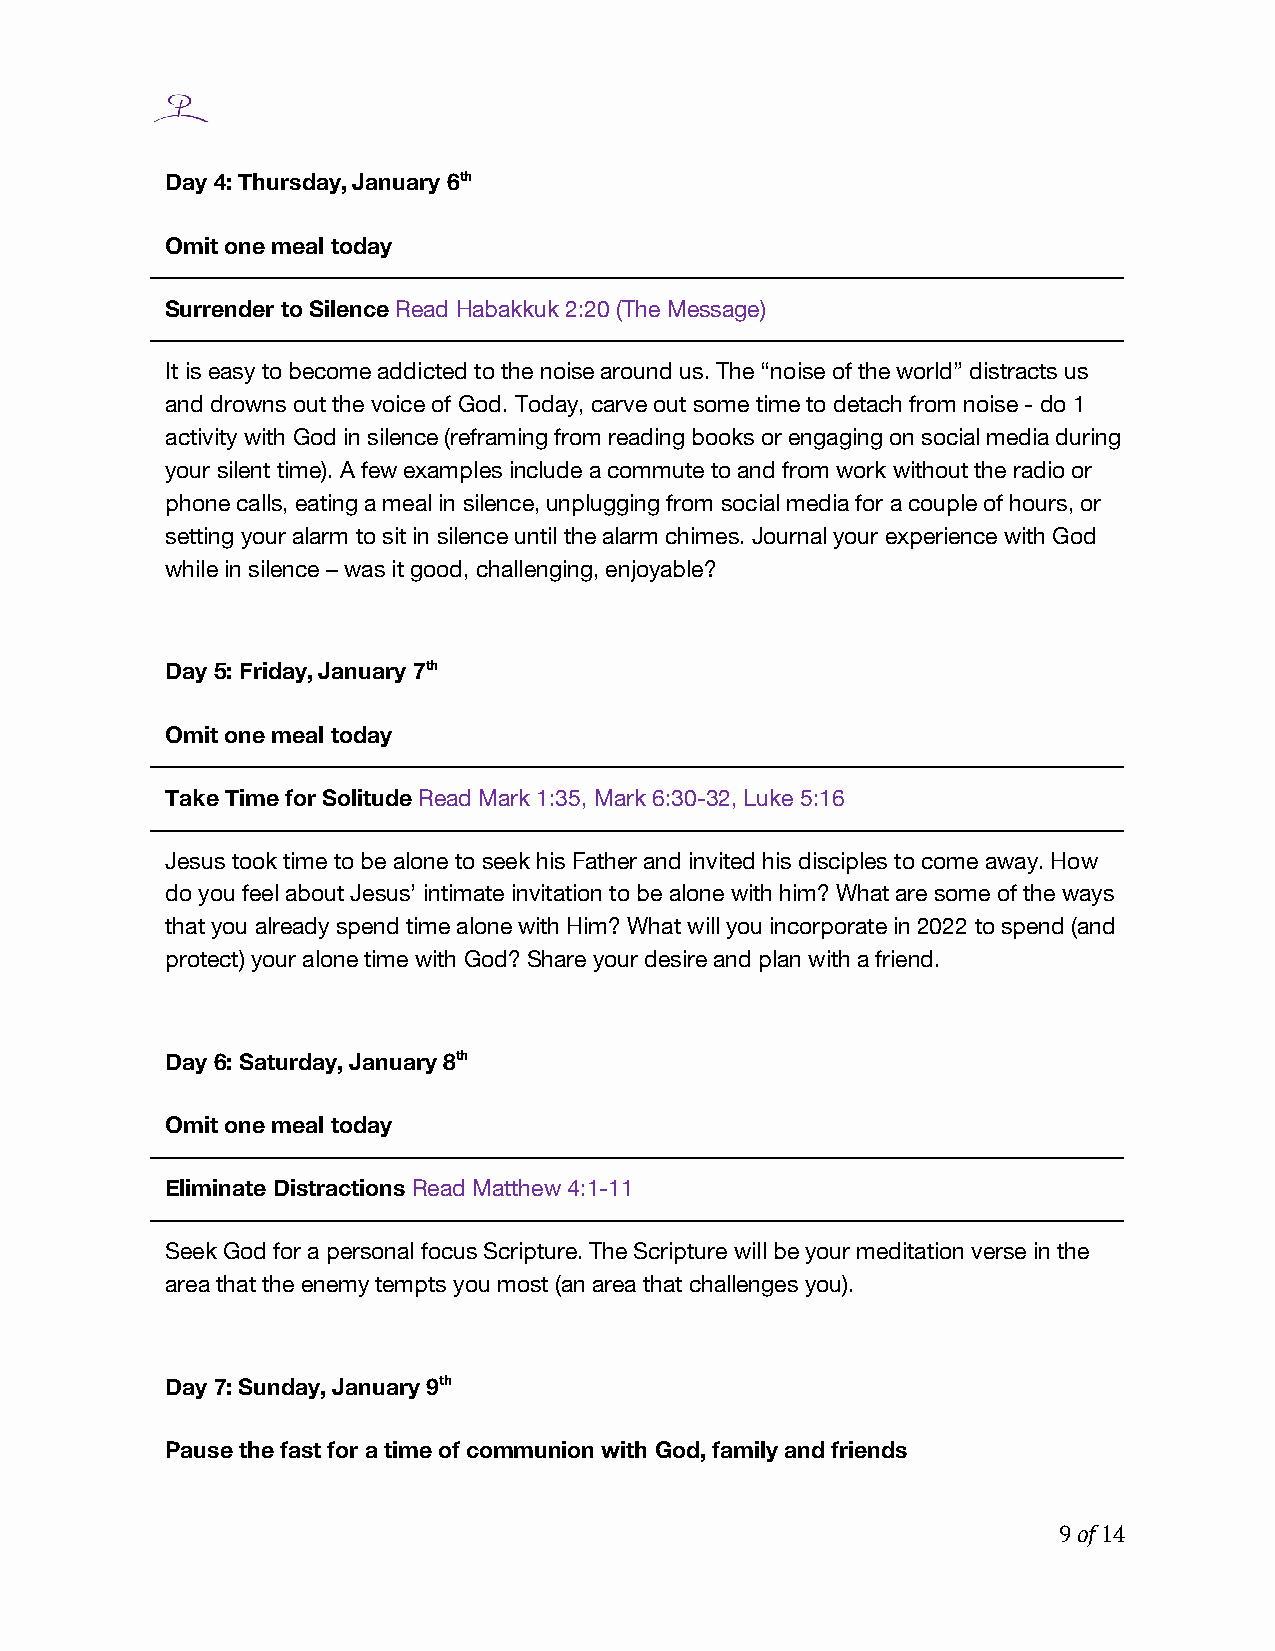
Day 4: Thursday, January 6th
 Omit one meal today
 Surrender to Silence Read Habakkuk 2:20 (The Message)
 It is easy to become addicted to the noise around us. The “noise of the world” distracts us
 and drowns out the voice of God. Today, carve out some time to detach from noise - do 1
 activity with God in silence (reframing from reading books or engaging on social media during
 your silent time). A few examples include a commute to and from work without the radio or
 phone calls, eating a meal in silence, unplugging from social media for a couple of hours, or
 setting your alarm to sit in silence until the alarm chimes. Journal your experience with God
 while in silence – was it good, challenging, enjoyable?
 Day 5: Friday, January 7th
 Omit one meal today
 Take Time for Solitude Read Mark 1:35, Mark 6:30-32, Luke 5:16
 Jesus took time to be alone to seek his Father and invited his disciples to come away. How
 do you feel about Jesus’ intimate invitation to be alone with him? What are some of the ways
 that you already spend time alone with Him? What will you incorporate in 2022 to spend (and
 protect) your alone time with God? Share your desire and plan with a friend.
 Day 6: Saturday, January 8th
 Omit one meal today
 Eliminate Distractions Read Matthew 4:1-11
 Seek God for a personal focus Scripture. The Scripture will be your meditation verse in the
 area that the enemy tempts you most (an area that challenges you).
 Day 7: Sunday, January 9th
 Pause the fast for a time of communion with God, family and friends
 9 of 14